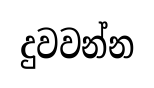
දුවවන්න